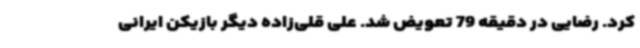
کرد. رضایی در دقیقه 79 تعویض شد. علی قلی‌زاده دیگر بازیکن ایرانی